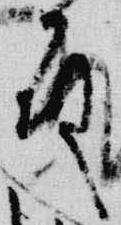
殿